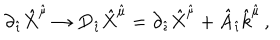
\partial _ { \hat { \imath } } { \hat { X } } ^ { \hat { \mu } } \rightarrow D _ { \hat { \imath } } { \hat { X } } ^ { \hat { \mu } } = \partial _ { \hat { \imath } } { \hat { X } } ^ { \hat { \mu } } + { \hat { A } } _ { \hat { \imath } } { \hat { k } } ^ { \hat { \mu } } \, ,